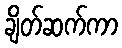
ချိတ်ဆက်ကာ